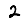
Digit: 2